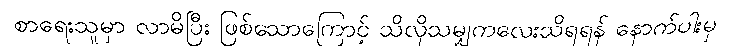
စာရေးသူမှာ လာမိပြီး ဖြစ်သောကြောင့် သိလိုသမျှကလေးသိရရန် နောက်ပါးမှ